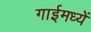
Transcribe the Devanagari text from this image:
गाईमध्यें